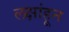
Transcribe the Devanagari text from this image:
लक्षांहून